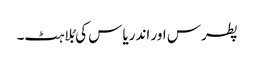
پطرس اور اندریاس کی بُلاہٹ۔